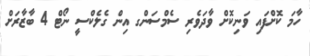
ހާމަ ކޮށްފައި ވަނިކޮށް ވާދަވެރި ސެމްސަންގ އިން ގެލެކްސީ ނޯޓް 4 ބާޒާރަށް